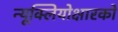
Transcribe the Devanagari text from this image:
न्यूक्लियोक्षारकों